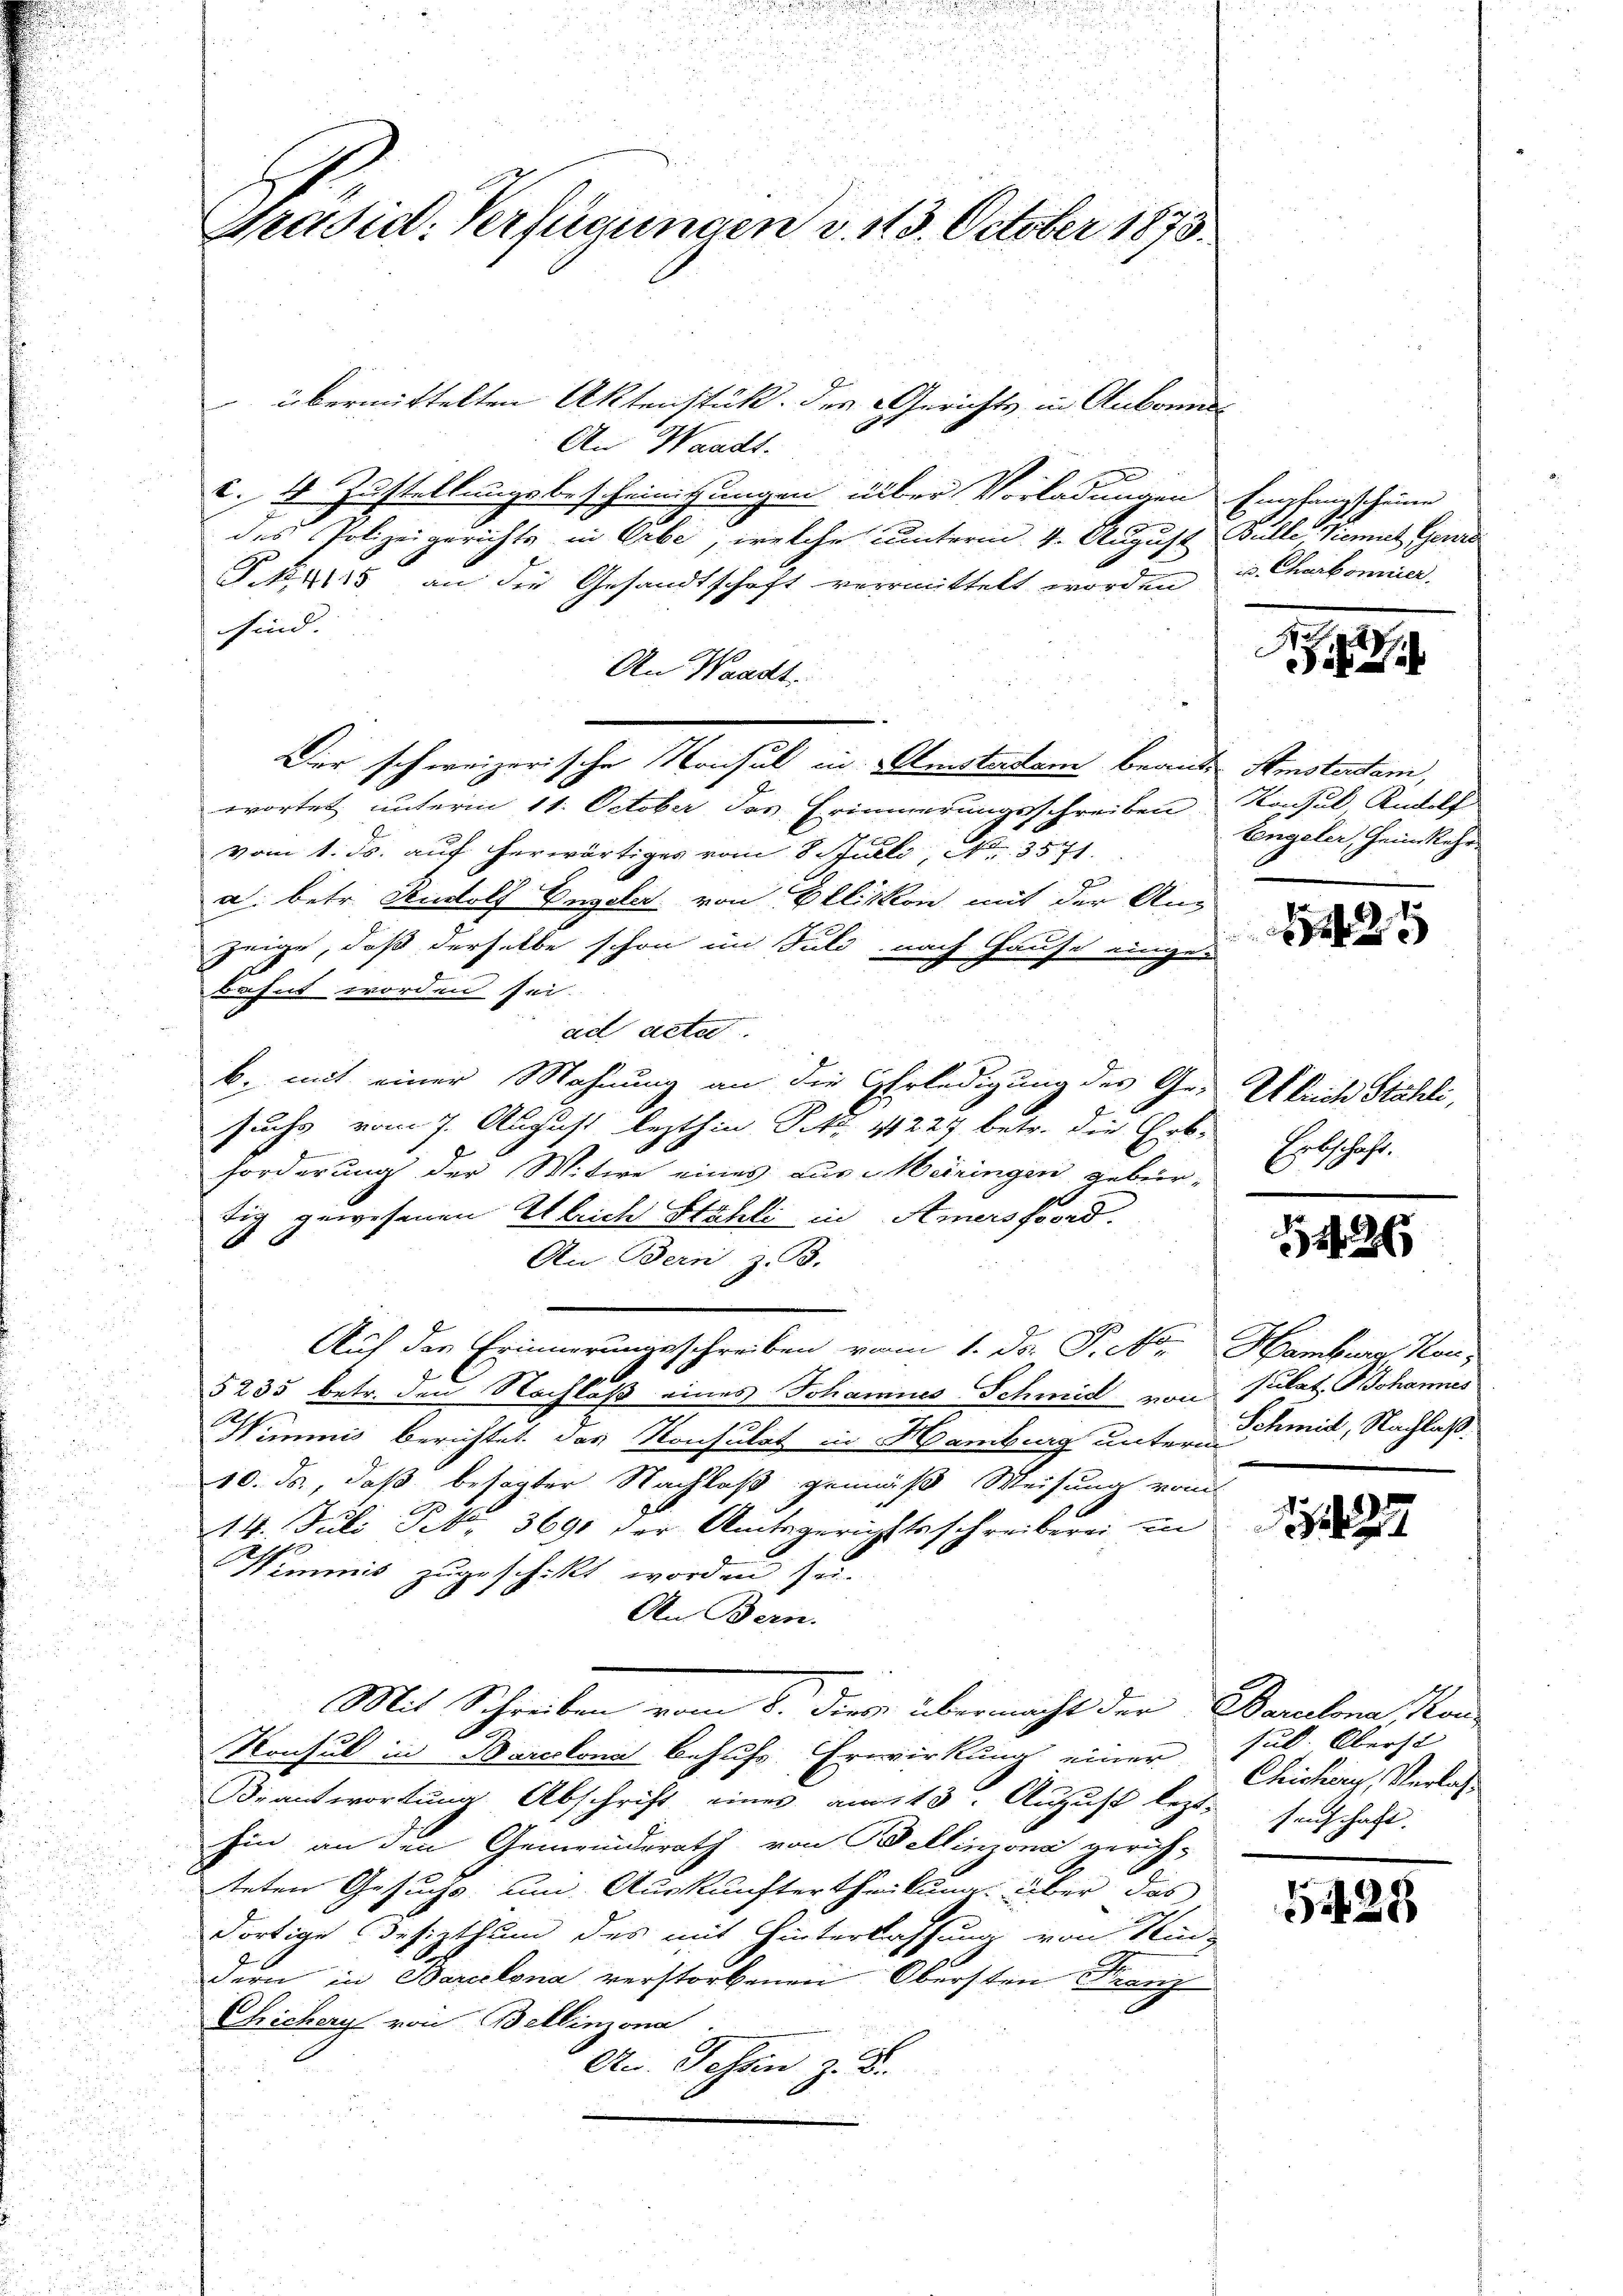
Pradict. Verfügungen d. 113. October 1873.

übermittelten Aktenstük. des Gerichts in Ankonis
1
An Waadt.
3
c. 4 Zustellungsbescheinigungen über Vorladungen Empfangscheine
des Polizeigerichts in Orbe, welche unterm 4. August Gulle, Viemit Gene
S.44115 an die Gesandtschaft vermittelt worden u. Charbonner,
sind.
An Waadt
Dir schweizerische Konsul in Amstadtam beante Amsterdam,
wortet unterm 11. October des Erinnerungsschreiben Konsul Rudolf
vom 1. ds. auf herwärtiges vom 8. Juli, No. 3571.
a. betr. Rudolf Engeler von Ellikon mit der An-
zeige, daß derselbe schon im Juli nach Hause eingebahnt worden sei.
ad acter
b. mit einer Mahnung an die Erledigung der Ge- Ulrich Stähli,
suche vom 7. August lezthin P. Nr. 41227 betr. die Erb-
i
forderung der Witwe eines das Meiringen gebürtig gewesenen Ulrich Stähli in Amers ford
.
An Bern, z. B.
Auf der Erinnerungsschreiben vom 1. d. P. F.
5235 betr. den Nachlaß eines Johannes Schmid von Sulat Johannes
e
Wemmnis berichtet das Konsulat in Hamburg unter Schmid, Nachlaß¬
10. ds., daß besagter Nachlaß gemäß Weisung vom
14. Juli Pct. 3691 der Amtsgerichtsschreiberei in
Wimmis zugeschickt worden sei.
An Bern.
Mit Schreiben vom 8. diese übermacht der Baralena, Kan¬
Konsul in Barcelona behufs Erwirkung einer sub. Oberst
Beantwortung Abschrift einer am 15. August lezt sechschaft.
hin an den Gemeinderath von Bellinzona gerich-
teten Gesuchs um Auskunftertheilung über das
dortige Besizthum des mit Hinterlassung von Kindern in Barcelona verstorbenen Obersten Franz
Chichery von Bellinzona
An. Johan z. B.

tengeler, Heimkehr

2

Erbschaft.

2

Hamburg, Kan¬

4

Chichary, Verlass

1428